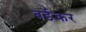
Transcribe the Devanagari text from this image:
बर्डेकर